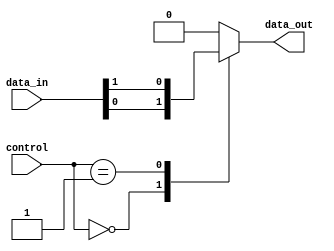
module multiplexer_128to1 (
    input wire [127:0] data_in,
    input wire [6:0] control,
    output reg data_out
);

always @(*) begin
    case(control)
        7'b0000000: data_out = data_in[0];
        7'b0000001: data_out = data_in[1];
        // Add cases for remaining input signals
        // 7'b0111111: data_out = data_in[127];
        default: data_out = 0; // Default case
    endcase
end

endmodule